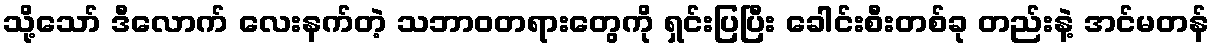
သို့သော် ဒီလောက် လေးနက်တဲ့ သဘာဝတရားတွေကို ရှင်းပြပြီး ခေါင်းစီးတစ်ခု တည်းနဲ့ အင်မတန်